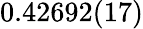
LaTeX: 0.42692(17)